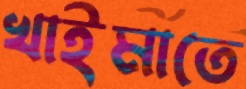
খাইমাতে